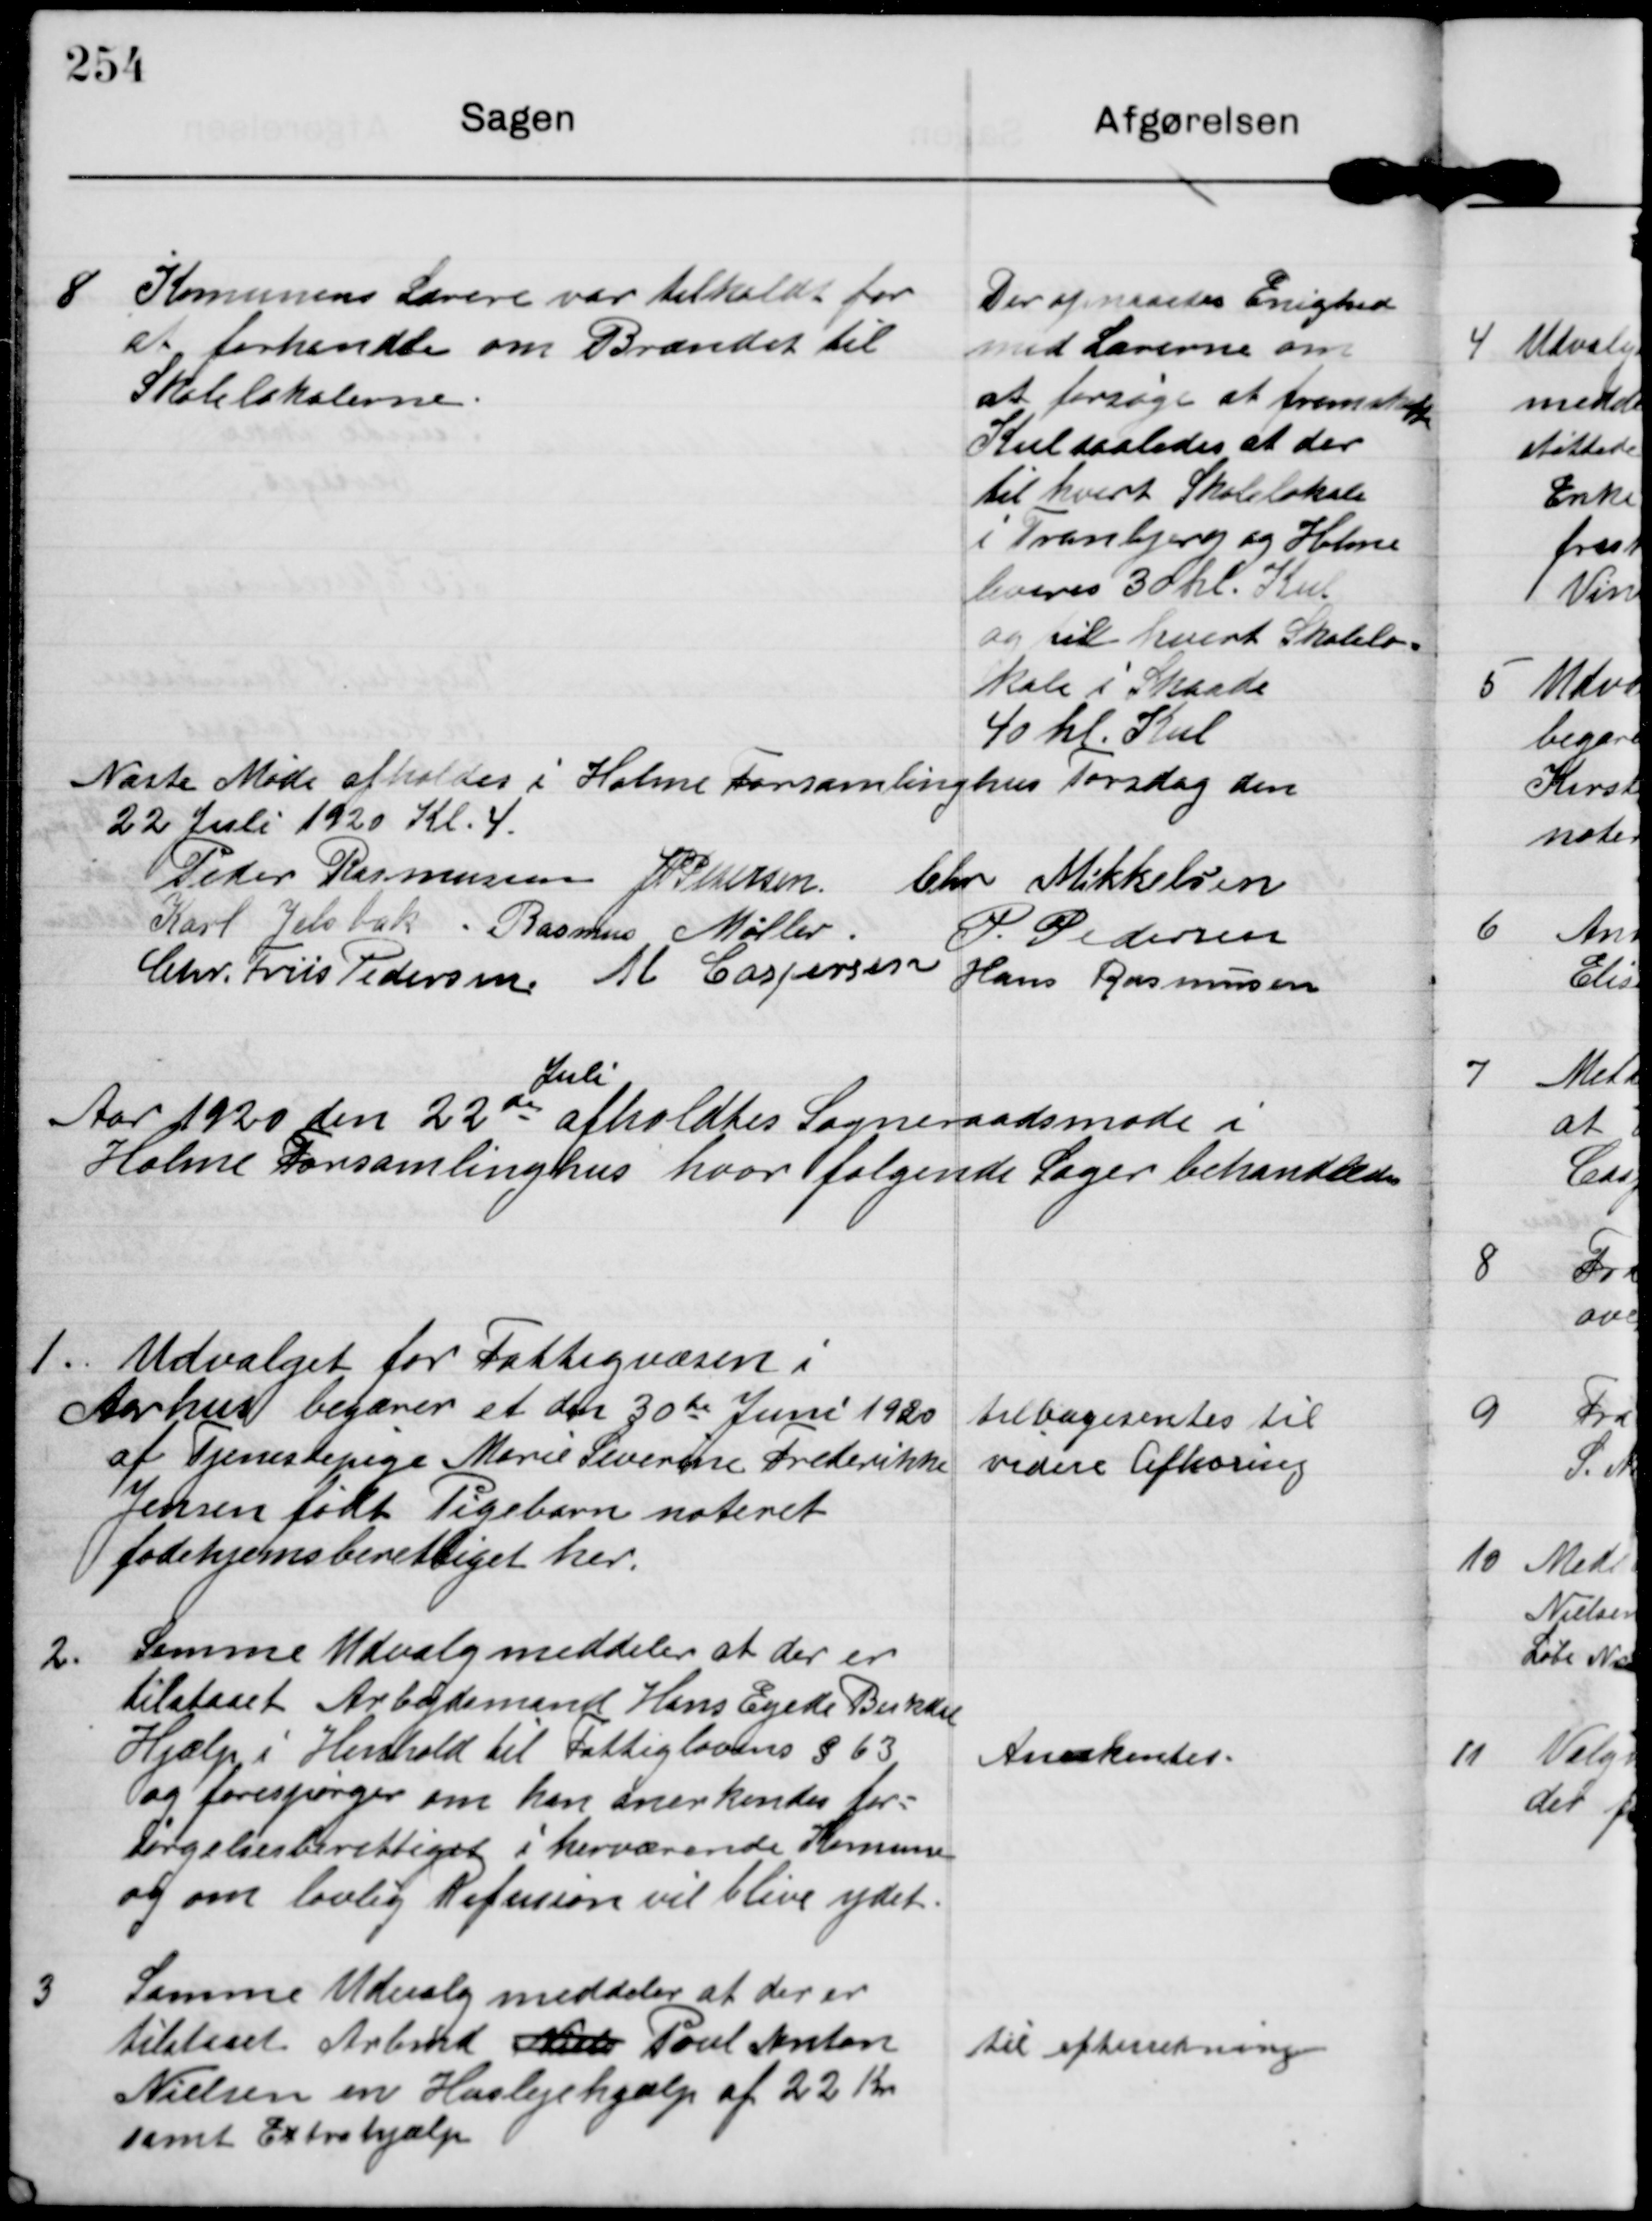
Transskription:
8

Komunens Lærere var tilkaldt for
at forhandle om Brændet til
Skolelokalerne

Der opnaaedes Enighed
med Lærerne om
at forsøge at fremskaffe
Kul saaledes at der
til hvert Skolelokale
i Tranbjerg og Holme
leveres 30 hl. Kul
og til hvert Skolelo-
kale i Skaade
40 hl. Kul

Næste Møde afholdes i Holme Forsamlinghus Torsdag den
22 Juli 1920 Kl 4.

Peder Rasmussen JP Pedersen Chr Mikkelsen
Karl Jelsbak Rasmus Møller
P. Pedersen
Chr. Friis Pedersen M Caspersen Hans Rasmussen

Aar 1920 den 22de
Juli
afholdtes Sogneraadsmøde i
Holme Forsamlinghus hvor følgende Sager behandledes

1

Udvalget for Fattigvæsen i
Aarhus begærer et den 30de Juni 1920
af Tjenestepige Marie Severine Frederikke
Jensen født Pigebarn noteret
fødehjemsberettiget her.

tilbagesentes til
videre Afhøring

2.

Samme Udvalg meddeler at der er
tilstaaet Arbejdsmand Hans Egede Bukdal
Hjælp i Henhold til Fattiglovens § 63
og forespørger om han anerkendes for-
sørgelsesberettiget i herværende Komune
og om lovlig Refusion vil blive ydet.

Anerkendes.

3

Samme Udvalg meddeler at der er
tilstaaet Arbmd Niels Poul Anton
Nielsen en Huslejehjælp af 22 Kr
samt Extrahjælp

til efterretning